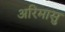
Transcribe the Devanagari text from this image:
अरिमासु